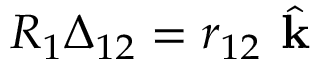
R _ { 1 } \Delta _ { 1 2 } = r _ { 1 2 } \hat { \textbf { k } }